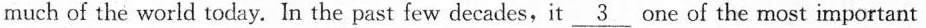
much of the world today. In the past few decades,it \underline{3} one of the most important